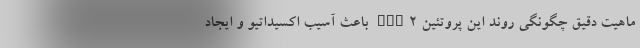
ماهیت دقیق چگونگی روند این پروتئین Nox۲ باعث آسیب اکسیداتیو و ایجاد